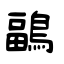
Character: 鶝